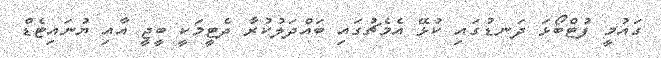
ގައުމީ ފުޓްބޯޅަ ދަނޑުގައި ކުޅޭ އެމެޗުގައި ބައްދަލުކުރާ ދެޓީމަކީ ބީޖީ އާއި ޔުނައިޓެޑް